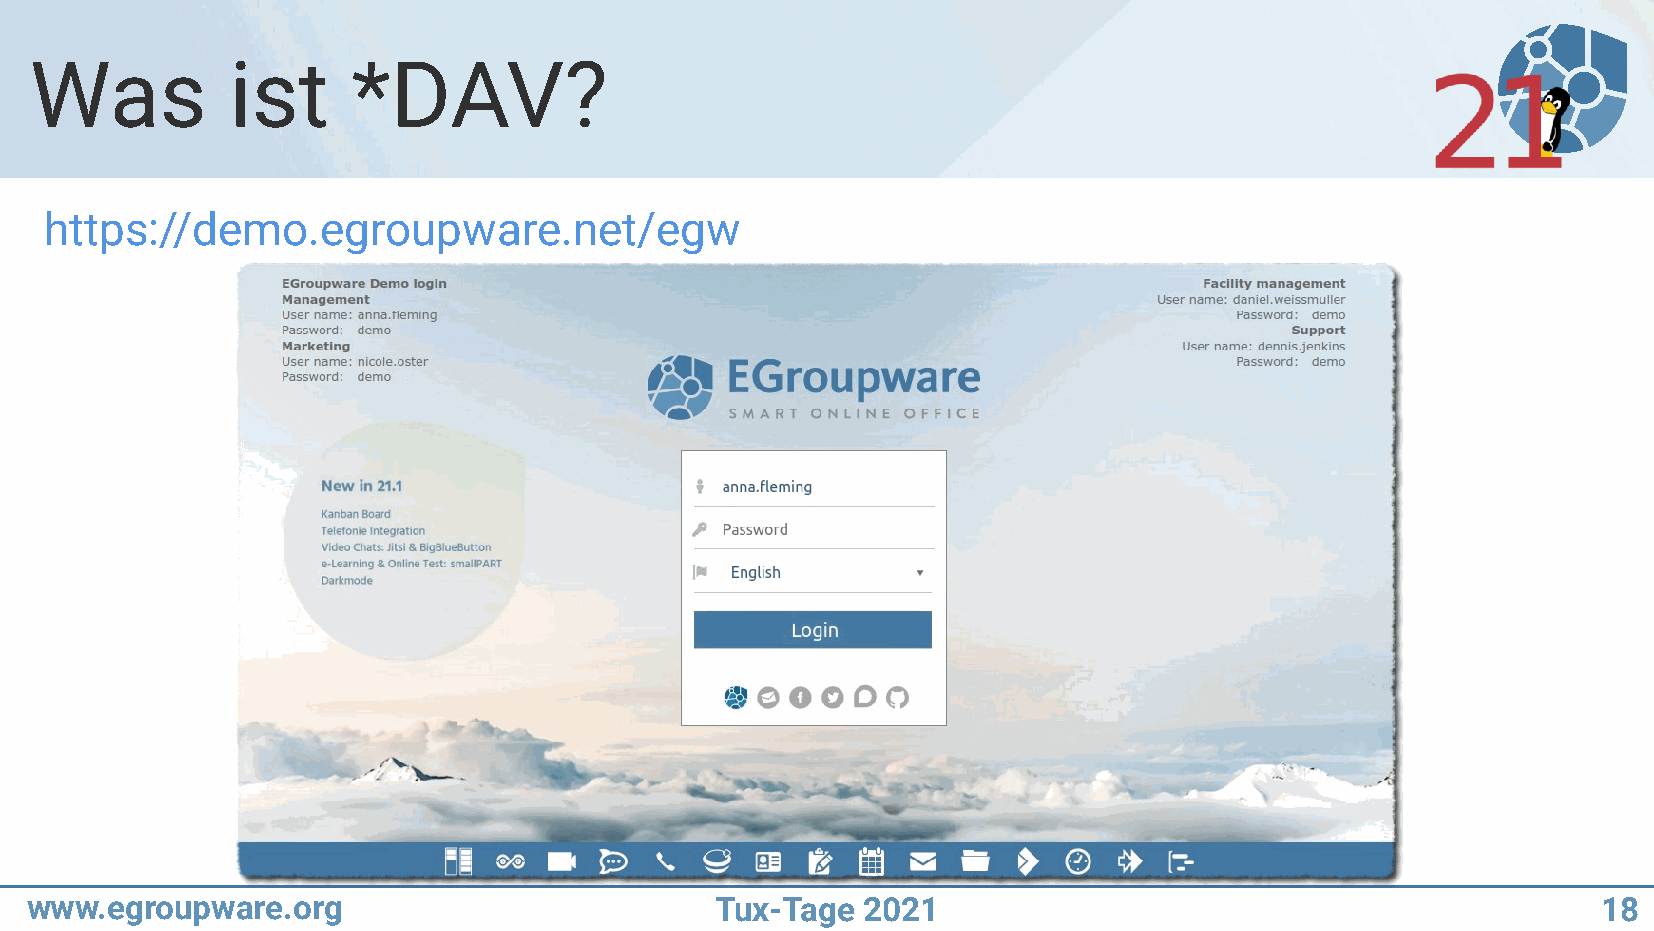
Was          ist     *DAV?
 https://demo.egroupware.net/egw
 www.egroupware.org                           Tux-Tage  2021                                             18